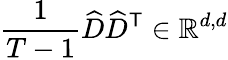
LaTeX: \frac{1}{T-1}\widehat{D}\widehat{D}^{\mathsf{T}}\in\mathbb{R}^{d,d}